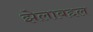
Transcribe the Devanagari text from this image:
झेलाबद्दल